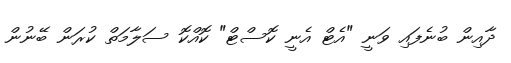
ދާއިން ބުނެފައި ވަނީ "އެޓް އެނީ ކޮސްޓް" ކޮއްކޮ ސަލާމަތް ކުރަން ބޭނުން